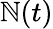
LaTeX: \mathbb{N}(t)